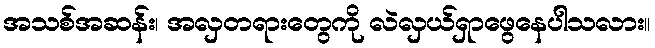
အသစ်အဆန်း၊ အလှတရားတွေကို လဲလှယ်ရှာဖွေနေပါသလား။